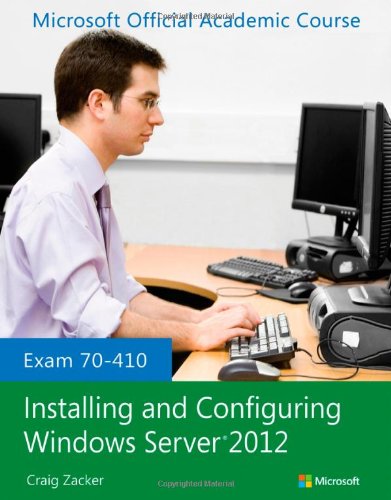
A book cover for Exam 70-410 Installing and Configuring Windows Server 2012; Microsoft Official Academic Course; Computers & Technology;